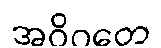
အဝိဂတေ